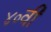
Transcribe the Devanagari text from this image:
४०वी